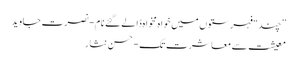
”چند“ فہرستوں میں خواہ مخواہ ڈالے گئے نام- نصرت جاوید
معیشت سے معاشرت تک- حسن نثار